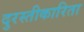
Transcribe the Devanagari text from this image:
दुरस्तीकारिता